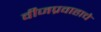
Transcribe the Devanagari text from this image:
वीजप्रवाहाचे